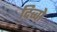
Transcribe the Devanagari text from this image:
दिव्वो